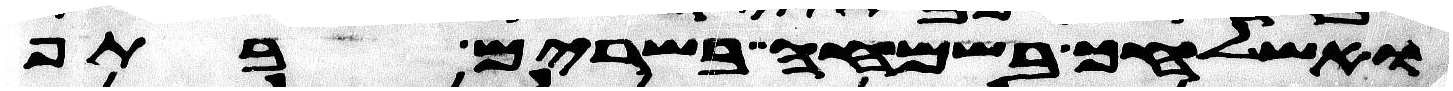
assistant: ואשלחך בשמחה בשרים בתף